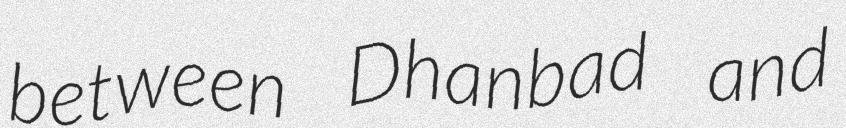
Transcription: between Dhanbad and